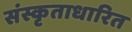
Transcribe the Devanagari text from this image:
संस्कृताधारित